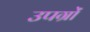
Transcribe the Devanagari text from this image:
उपग्रों